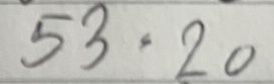
53 = 20